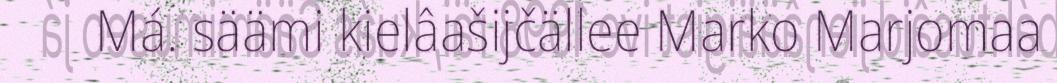
Má. säämi kielâašijčällee Marko Marjomaa